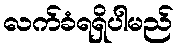
လက်ခံရရှိပါမည်